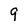
Character: 9